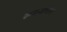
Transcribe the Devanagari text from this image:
रूपयौवन